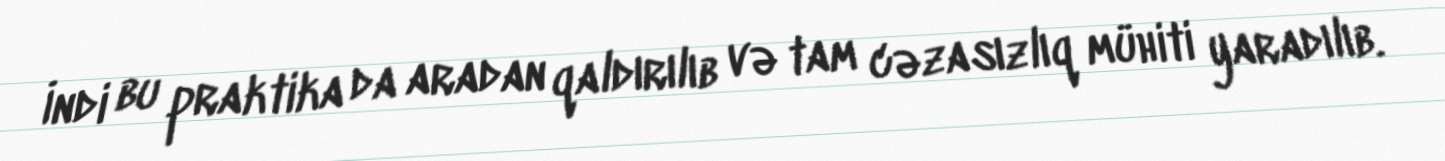
İndi bu praktika da aradan qaldırılıb və tam cəzasızlıq mühiti yaradılıb.